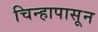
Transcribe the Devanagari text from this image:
चिन्हापासून